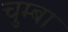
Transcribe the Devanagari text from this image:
चुम्बा